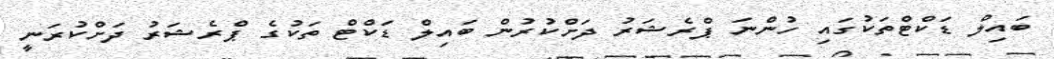
ބައިލް ޑަކްޓްތަކުގައި ހުންނަ ޕްރެޝަރު ދަށްކުރުން ބައިލް ޑަކްޓް ތަކުގެ ޕްރެޝަރު ދަށްކުރަނީ